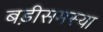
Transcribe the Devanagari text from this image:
बड़ीसमस्या